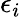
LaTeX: \epsilon_{i}